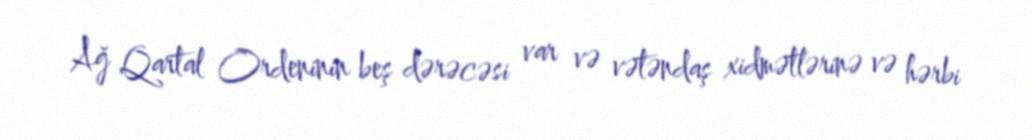
Ağ Qartal Ordeninin beş dərəcəsi var və vətəndaş xidmətlərinə və hərbi